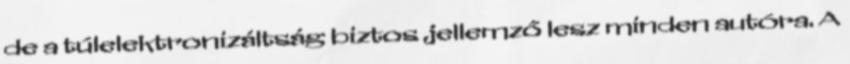
de a túlelektronizáltság biztos jellemző lesz minden autóra. A